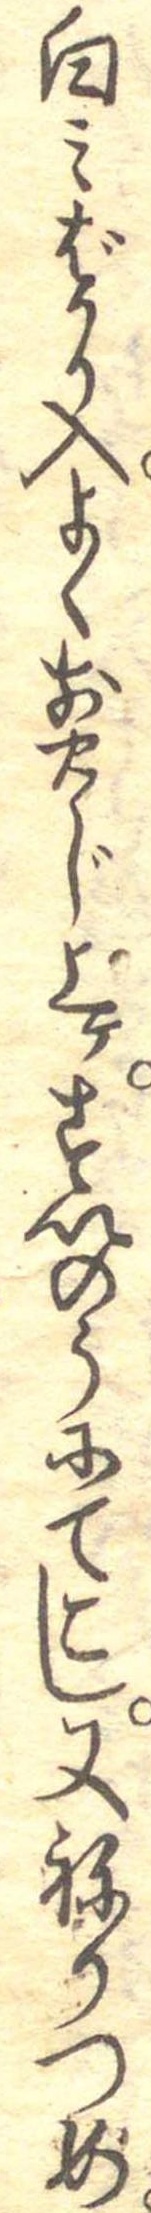
白みばかり入よく煎じ上けすいのうにてこし又ねりつめ